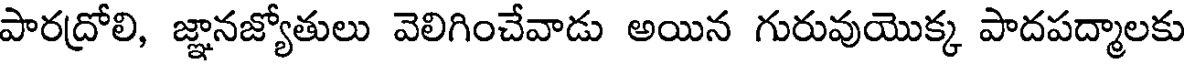
పారదోలి, జ్ఞానజ్యోతులు వెలిగించేవాడు అయిన గురువుయొక్క పాదపద్మాలకు